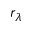
r _ { \lambda }